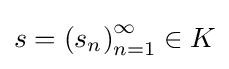
\textstyle s=\left(s_{n}\right)_{n=1}^{\infty }\in K